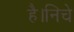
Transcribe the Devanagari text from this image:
है।निचे